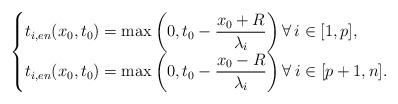
LaTeX: \begin{align*}\begin{cases}t_{i,en}(x_0,t_0)=\max\left(0,t_0-\dfrac{x_0+R}{\lambda_i}\right) \forall\: i\in [1,p],\\t_{i,en}(x_0,t_0)=\max\left(0,t_0-\dfrac{x_0-R}{\lambda_i}\right) \forall\: i\in [p+1,n].\end{cases}\end{align*}